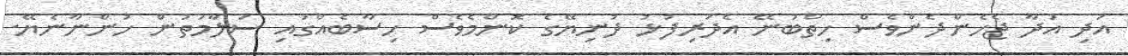
އަދި އަދާ ޖެހެންދެންވެސް ހިތްބުނޭ އެދަރިފުޅު ދުނިޔޭގެ ކޮންމެވެސް ހިސާބެއްގައި ސަލާމަތުން ހުންނާނެޔޭ.